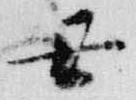
丑